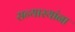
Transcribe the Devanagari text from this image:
सन्यास्यांना